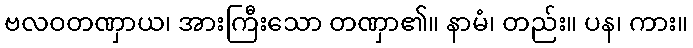
ဗလဝတဏှာယ၊ အားကြီးသော တဏှာ၏။ နာမံ၊ တည်း။ ပန၊ ကား။